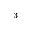
_ 3